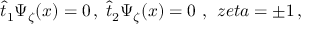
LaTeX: \hat { t } _ { 1 } \Psi _ { \zeta } ( x ) = 0 \, , \; \hat { t } _ { 2 } \Psi _ { \zeta } ( x ) = 0 \, \, , \; \, z e t a = \pm 1 \, ,